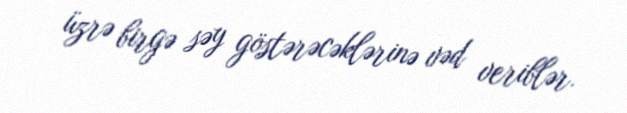
üzrə birgə səy göstərəcəklərinə vəd veriblər.